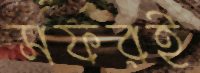
সফরই